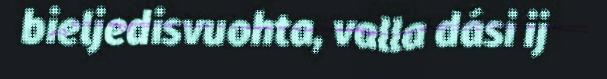
bieljedisvuohta, valla dási ij